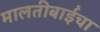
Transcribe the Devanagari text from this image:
मालतीबाईंचा